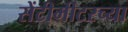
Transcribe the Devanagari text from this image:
सेंटीमीटरच्या